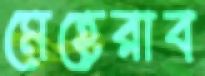
মেহেরাব